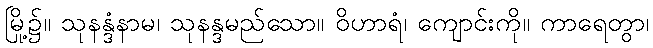
မြို့၌။ သုနန္ဒံနာမ၊ သုနန္ဒမည်သော။ ဝိဟာရံ၊ ကျောင်းကို။ ကာရေတွာ၊